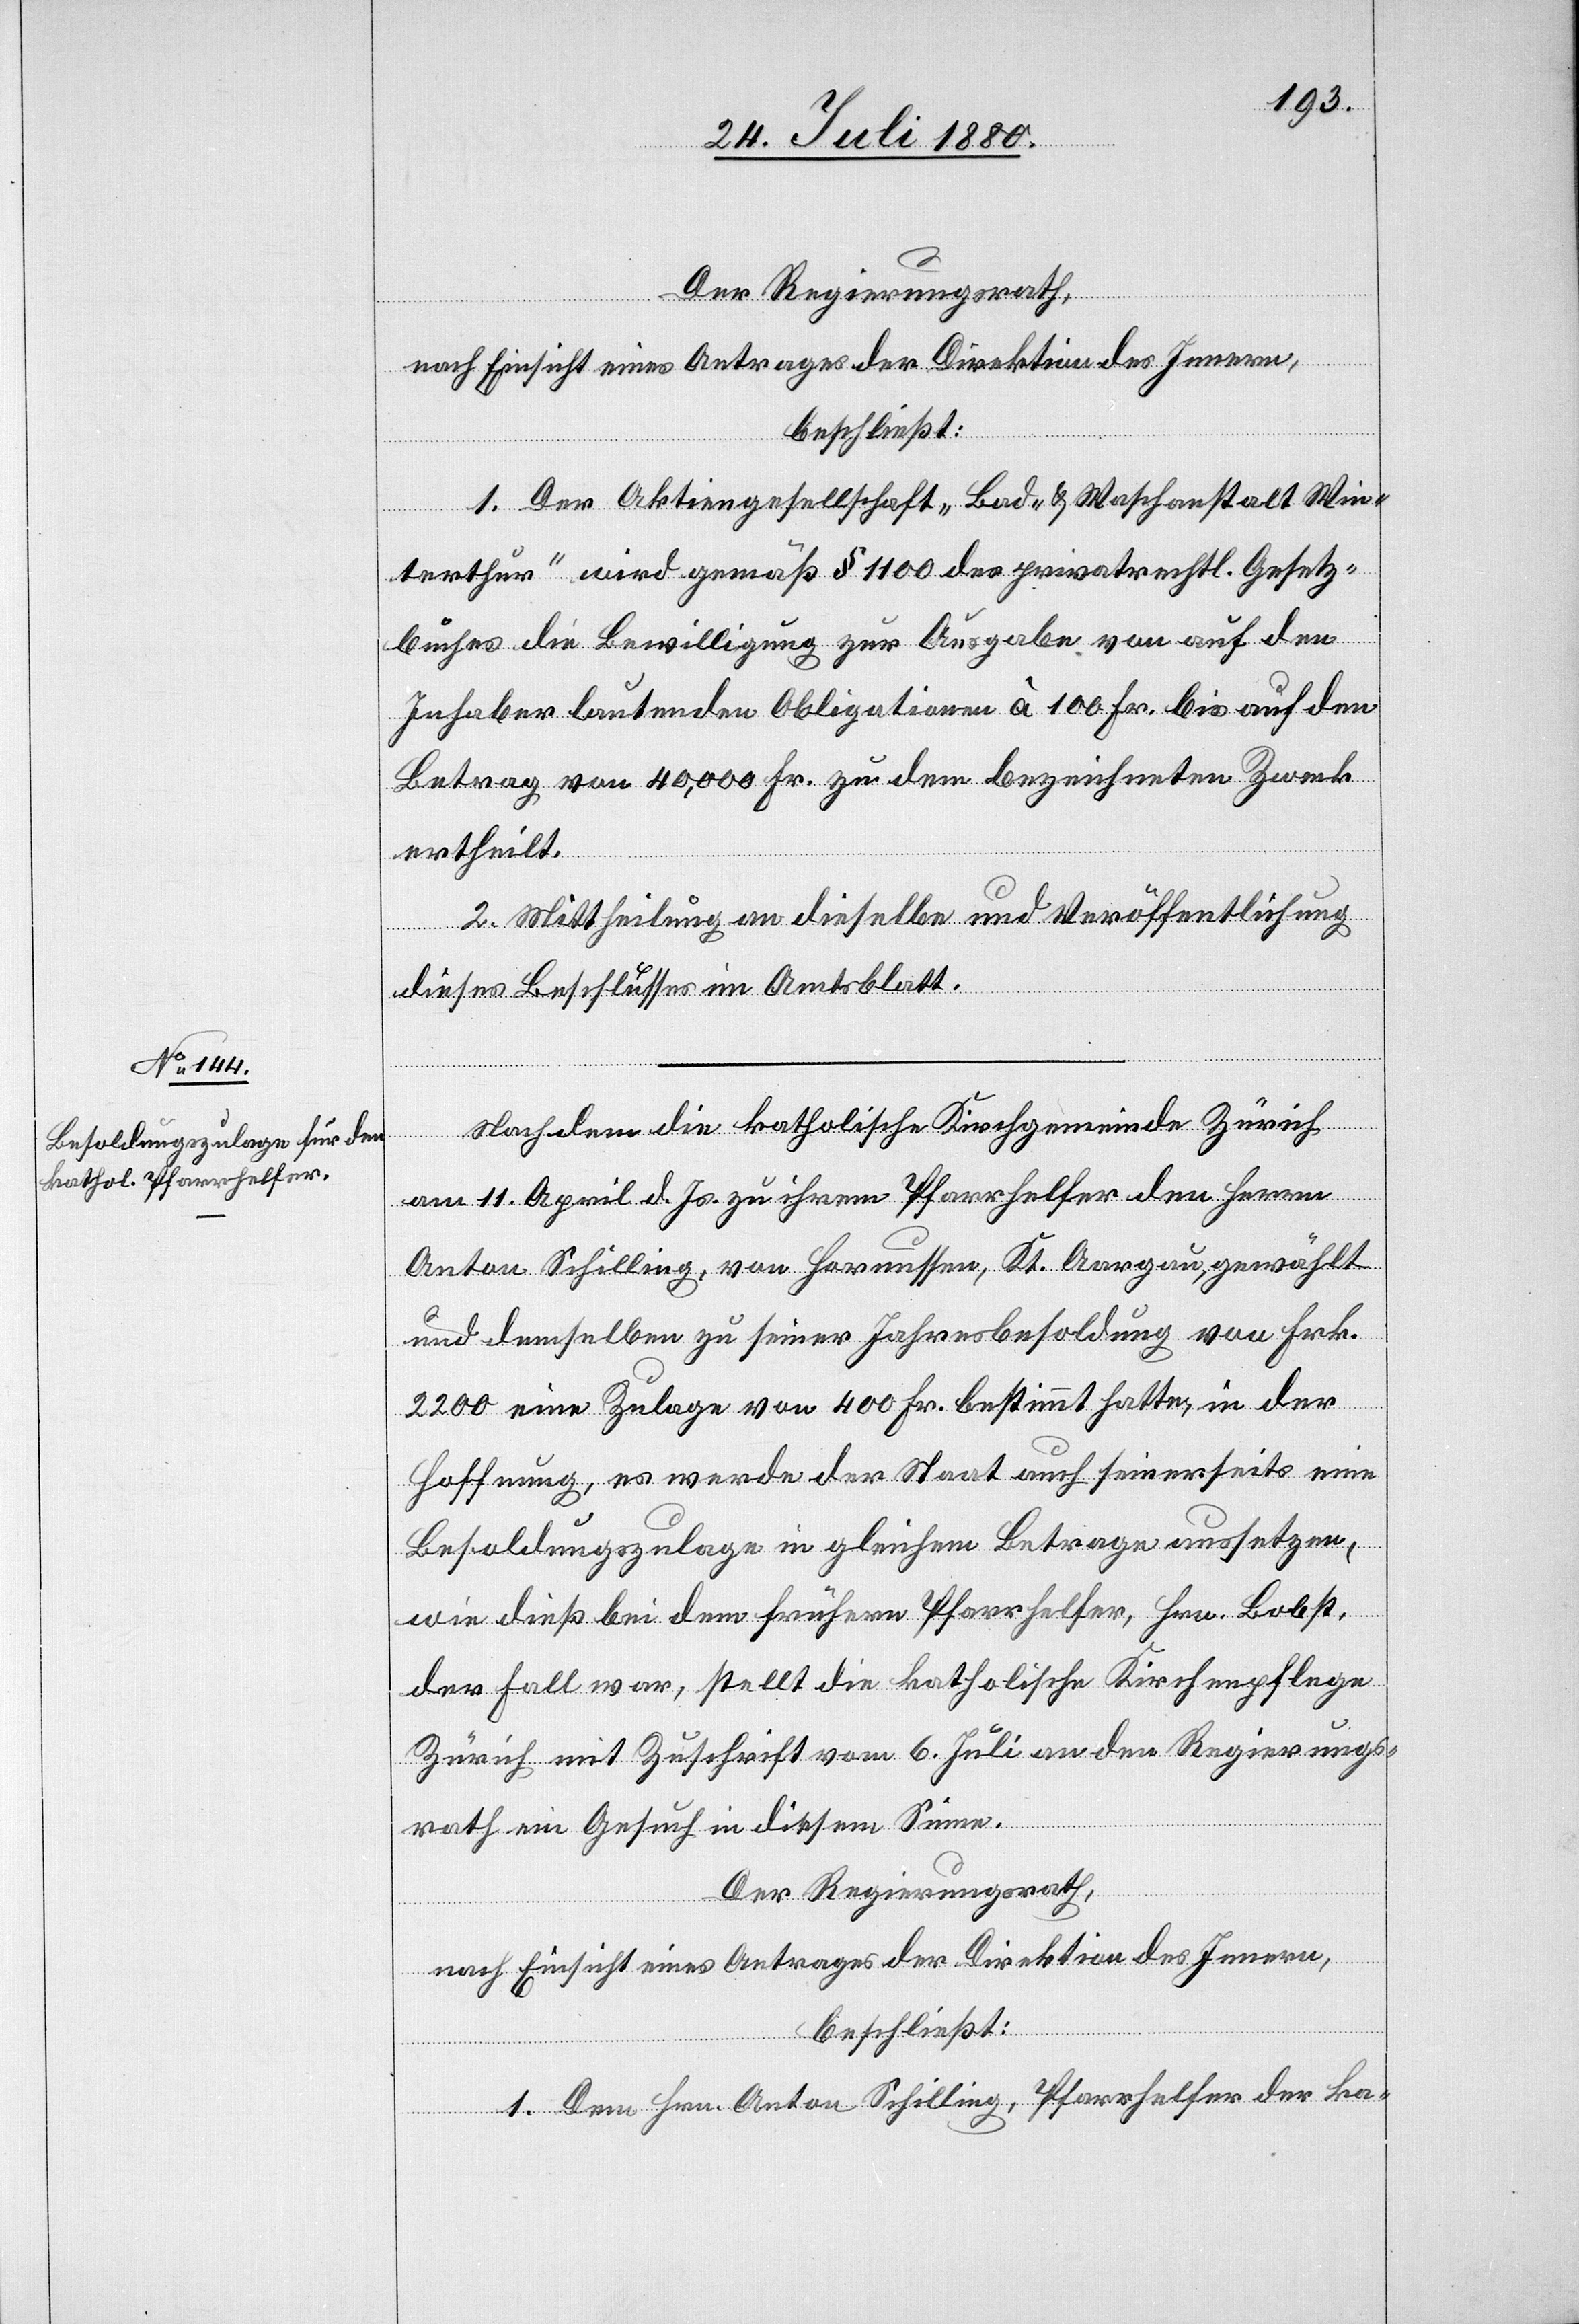
Der Regierungsrath,
nach Einsicht eines Antrages der Direktion des Innern,
beschließt:
1. Der Aktiengesellschaft „ Bad- & Waschanstalt Win¬
terthur“ wird gemäß § 110 des privatrechtl. Gesetz¬
buches die Bewilligung zur Ausgabe von auf den
Inhaber lautenden Obligationen à 100 Fr. bis auf den
Betrag von 40,000 Fr. zu dem bezeichneten Zweck
ertheilt.
2. Mittheilung an dieselben und Veröffentlichung
dieses Beschlusses im Amtsblatt.
Nachdem die katholische Kirchgemeinde Zürich
am 11. April d. Js. zu ihrem Pfarrhelfer den Herrn
Anton Schilling, von Hornussen, Kt. Aargau, gewählt
und demselben zu seiner Jahresbesoldung von Frk.
2200 eine Zulage von 400 Fr. bestimmt hatte, in der
Hoffnung, es werde der Staat auch seinerseits eine
Besoldungszulage in gleichem Betrage aussetzen,
so
wie dieß bei dem frühern Pfarrhelfer, Hrn. Bobst,
der Fall war, stellt die katholische Kirchenpflege
Zürich mit Zuschrift vom 6. Juli an den Regierungs¬
rath ein Gesuch in diesem Sinne.
Der Regierungsrath,
nach Einsicht eines Antrages der Direktion des Innern,
beschließt:
1. Dem Hrn. Anton Schilling, Pfarrhelfer der ka-